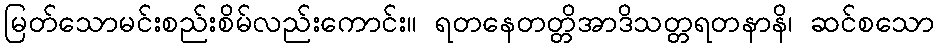
မြတ်သောမင်းစည်းစိမ်လည်းကောင်း။ ရတနေတတ္တိအာဒိသတ္တရတနာနိ၊ ဆင်စသော